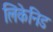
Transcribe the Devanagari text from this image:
लिकेनिड